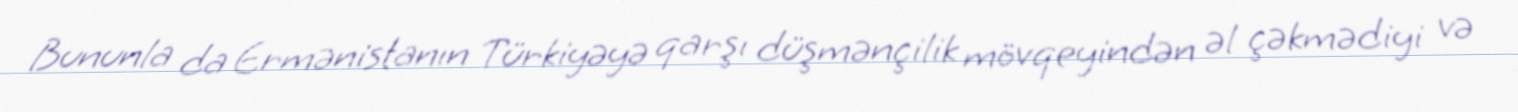
Bununla da Ermənistanın Türkiyəyə qarşı düşmənçilik mövqeyindən əl çəkmədiyi və